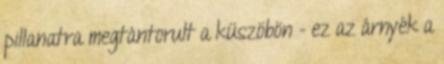
pillanatra megtántorult a küszöbön - ez az árnyék a